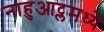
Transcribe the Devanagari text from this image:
नाहुआट्लमध्ये